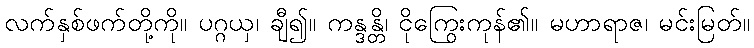
လက်နှစ်ဖက်တို့ကို။ ပဂ္ဂယှ၊ ချီ၍။ ကန္ဒန္တိ၊ ငိုကြွေးကုန်၏။ မဟာရာဇ၊ မင်းမြတ်။